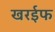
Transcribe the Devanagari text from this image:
खरईफ